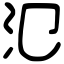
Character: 氾